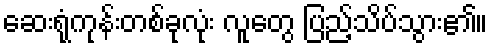
ဆေးရုံကုန်းတစ်ခုလုံး လူတွေ ပြည့်သိပ်သွား၏။